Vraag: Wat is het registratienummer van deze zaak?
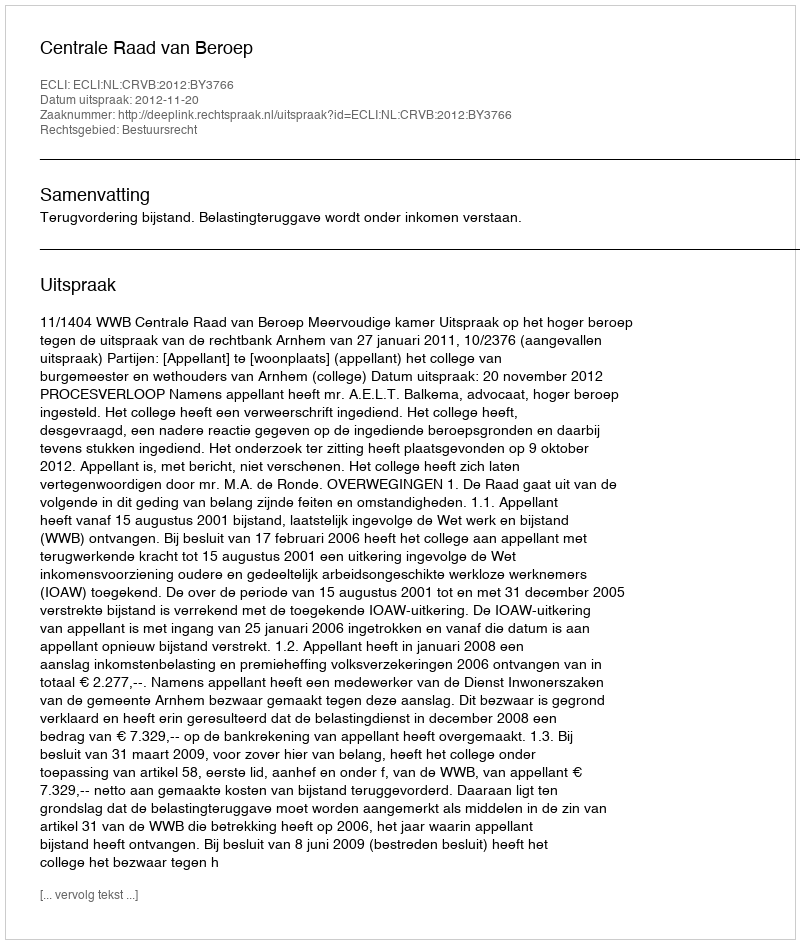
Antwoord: http://deeplink.rechtspraak.nl/uitspraak?id=ECLI:NL:CRVB:2012:BY3766